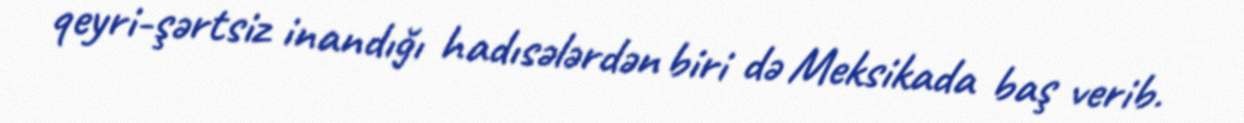
qeyri-şərtsiz inandığı hadısələrdən biri də Meksikada baş verib.